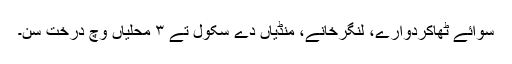
سوائے ٹھاکردوارے، لنگرخانے، منڈیاں دے سکول تے ٣ محلیاں وچ درخت سن۔